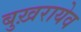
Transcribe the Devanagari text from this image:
बुख़रायेव